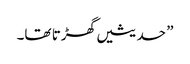
” حدیثیں گھڑتا تھا۔